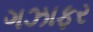
ગઝાફર